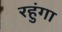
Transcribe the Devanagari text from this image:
रहुंगा